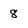
Character: 8